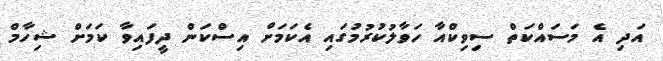
އަދި އެ މަސައްކަތް ސިވިކްއާ ހަވާލުކުރުމުގައި އެކަމަށް އިސްކަން ދީފައިވާ ކަމަށް ޝިހާމް